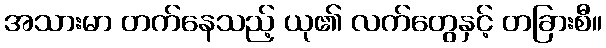
အသားမာ တက်နေသည့် ယု၏ လက်တွေနှင့် တခြားစီ။